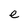
Character: e